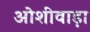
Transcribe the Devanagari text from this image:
ओशीवाड़ा